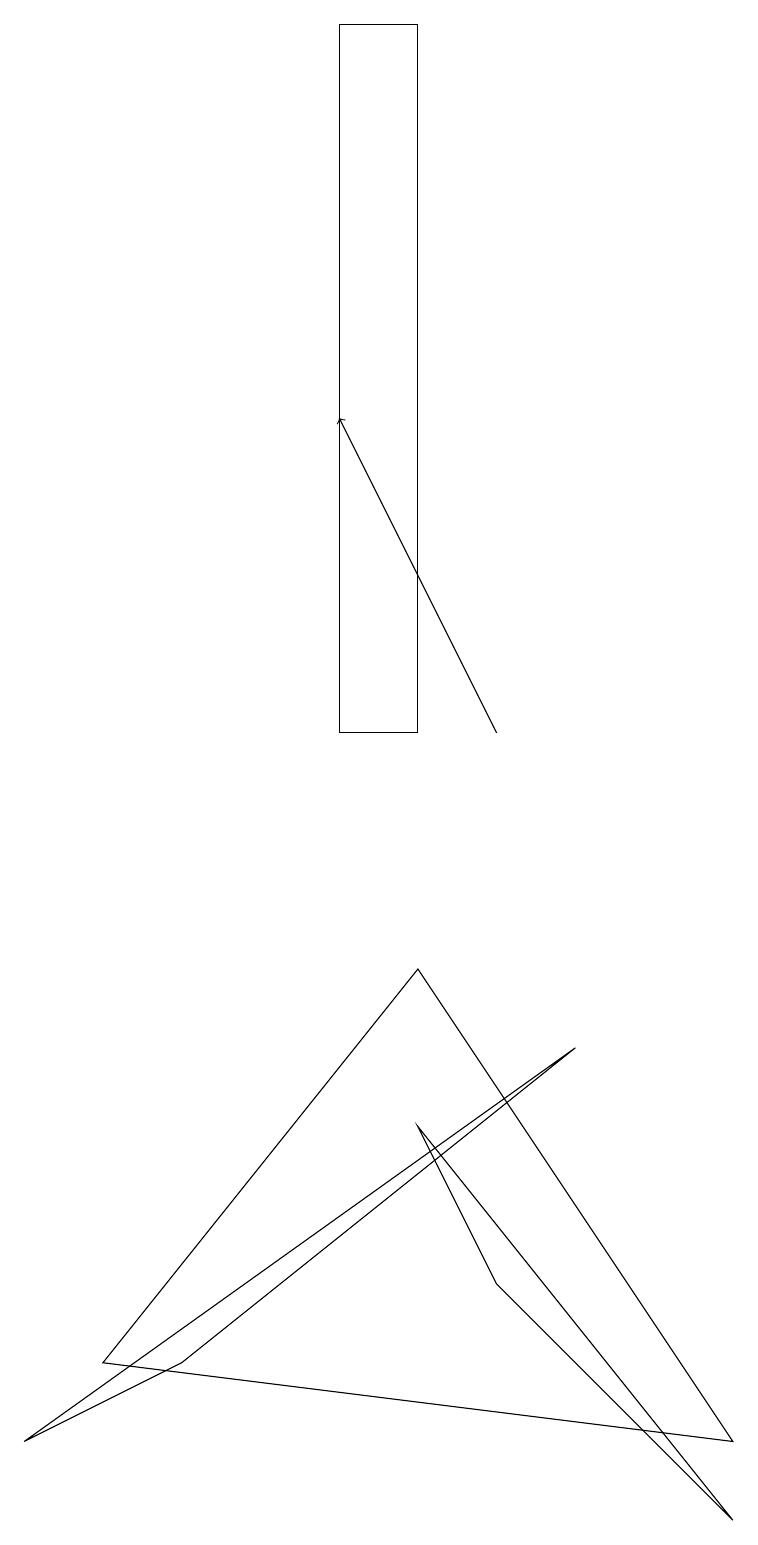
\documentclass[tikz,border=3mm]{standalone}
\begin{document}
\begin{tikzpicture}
\draw (5,7) -- (1,2) -- (9,1) -- cycle;
\draw (6,3) -- (9,0) -- (5,5) -- cycle;
\draw (0,1) -- (7,6) -- (2,2) -- cycle;
\draw[->] (6,10) -- (4,14);
\draw (5,10) rectangle (4,19);
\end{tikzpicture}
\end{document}